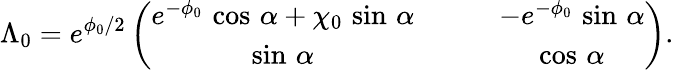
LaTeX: \Lambda_{0}=e^{\phi_{0}/2}\left(\begin{array}{cc}{{e^{-\phi_{0}}\, \cos\, \alpha+\chi_{0}\, \sin\, \alpha\qquad}}&{{-e^{-\phi_{0}}\, \sin\, \alpha}}\\ {{\sin\, \alpha\qquad}}&{{\cos\, \alpha}}\end{array}\right).